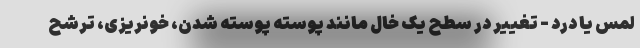
لمس یا درد - تغییر در سطح یک خال مانند پوسته پوسته شدن، خونریزی، ترشح